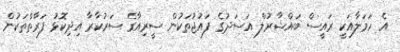
އެ ހަމަލާއަކީ ރައީސް ބައްޝާރުލް އަސަދުގެ ފައުޖުތަކުން ސީރިއާގެ ސަރުކާރާ އިދިކޮޅު ފަރާތްތަކުން